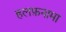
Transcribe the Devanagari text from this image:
हलफ़नामा